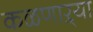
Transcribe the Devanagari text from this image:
कळणाऱ्या